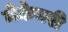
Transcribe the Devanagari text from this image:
मेकेनरी